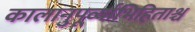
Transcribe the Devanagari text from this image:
कालानुपूर्व्याभिहिताश्च